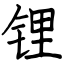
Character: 锂